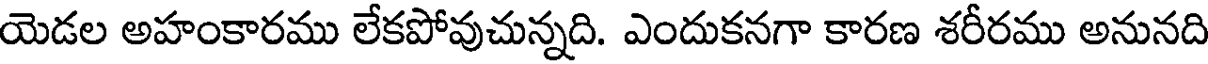
యెడల అహంకారము లేకపోవుచున్నది. ఎందుకనగా కారణ శరీరము అనునది